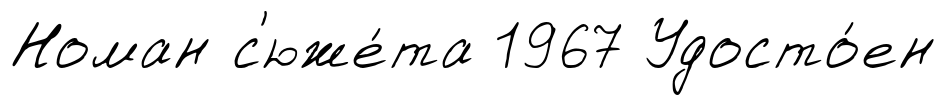
Номан с'юже́та 1967 Удосто́ен